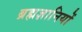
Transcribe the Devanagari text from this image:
ब्रह्मज्ञानियों